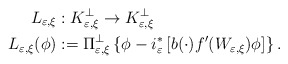
\begin{align*}L_{\varepsilon,\xi} & :K_{\varepsilon,\xi}^{\bot}\rightarrow K_{\varepsilon,\xi}^{\bot}\\L_{\varepsilon,\xi}(\phi) & :=\Pi_{\varepsilon,\xi}^{\bot}\left\{\phi-i_{\varepsilon}^{\ast}\left[ b(\cdot)f^{\prime}(W_{\varepsilon,\xi})\phi\right] \right\} .\end{align*}